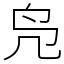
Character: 凫